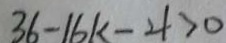
3 6 - 1 6 k - 4 > 0